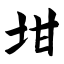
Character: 坩